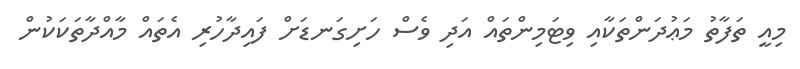
މިއީ ތަފާތު މަޢުދަންތަކާއި ވިޓަމިންތައް އަދި ވެސް ހަށިގަނޑަށް ފައިދާހުރި އެތައް މާއްދާތަކަކުން